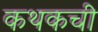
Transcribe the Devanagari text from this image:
कथकची